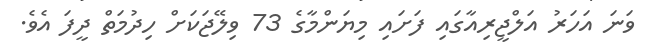
ވަނަ އަހަރު އަލްޖީރިއާގައި ފަށައި މިޔަންމާގެ 73 ވިލޭޖަކަށް ހިދުމަތް ދީފަ އެވެ.